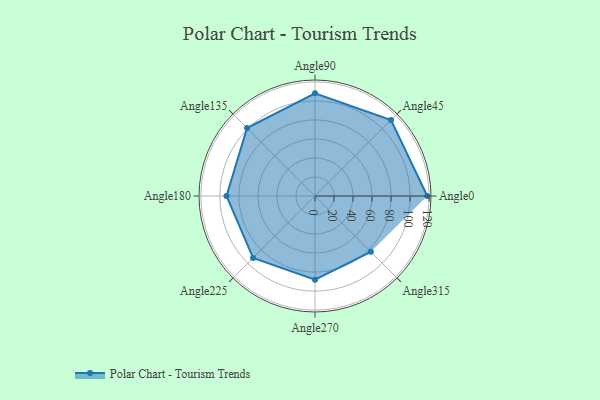
{"axis": {"x": "Angle", "y": "Radius"}, "legend": [""], "data": [{"x": "Angle0", "y": 118.0, "type": ""}, {"x": "Angle45", "y": 113.0, "type": ""}, {"x": "Angle90", "y": 108.0, "type": ""}, {"x": "Angle135", "y": 101.0, "type": ""}, {"x": "Angle180", "y": 93.0, "type": ""}, {"x": "Angle225", "y": 92.0, "type": ""}, {"x": "Angle270", "y": 88.0, "type": ""}, {"x": "Angle315", "y": 83.0, "type": ""}]}